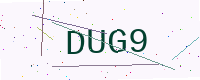
Text: DUG9